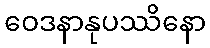
ဝေဒနာနုပဿိနော